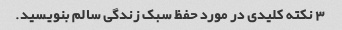
3 نکته کلیدی در مورد حفظ سبک زندگی سالم بنویسید.